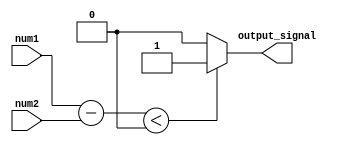
module less_than_comparator(
  input [7:0] num1,
  input [7:0] num2,
  output reg output_signal
);

reg [8:0] difference;

always @ (num1 or num2)
begin
  difference = num1 - num2;
  if (difference < 0)
    output_signal = 1;
  else
    output_signal = 0;
end

endmodule